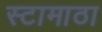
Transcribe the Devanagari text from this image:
स्टामाठा